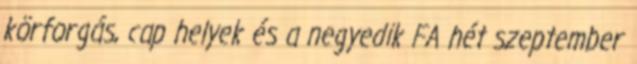
körforgás, cap helyek és a negyedik FA hét szeptember